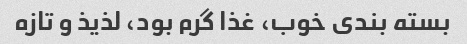
بسته بندی خوب، غذا گرم بود، لذیذ و تازه